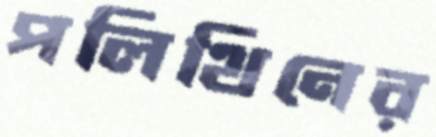
পলিথিনের